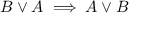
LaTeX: B \lor A \implies A \lor B